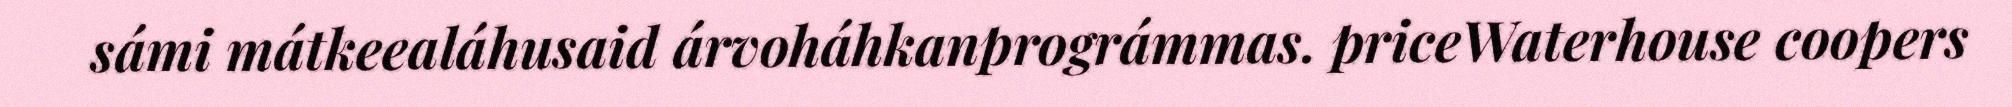
sámi mátkeealáhusaid árvoháhkanprográmmas. priceWaterhouse coopers